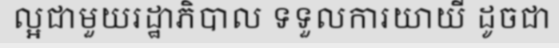
ល្អជាមួយរដ្ឋាភិបាល ទទួលការយាយី ដូចជា